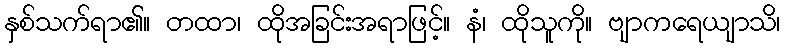
နှစ်သက်ရာ၏။ တထာ၊ ထိုအခြင်းအရာဖြင့်။ နံ၊ ထိုသူကို။ ဗျာကရေယျာသိ၊